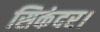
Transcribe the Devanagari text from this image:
सिकंदर।